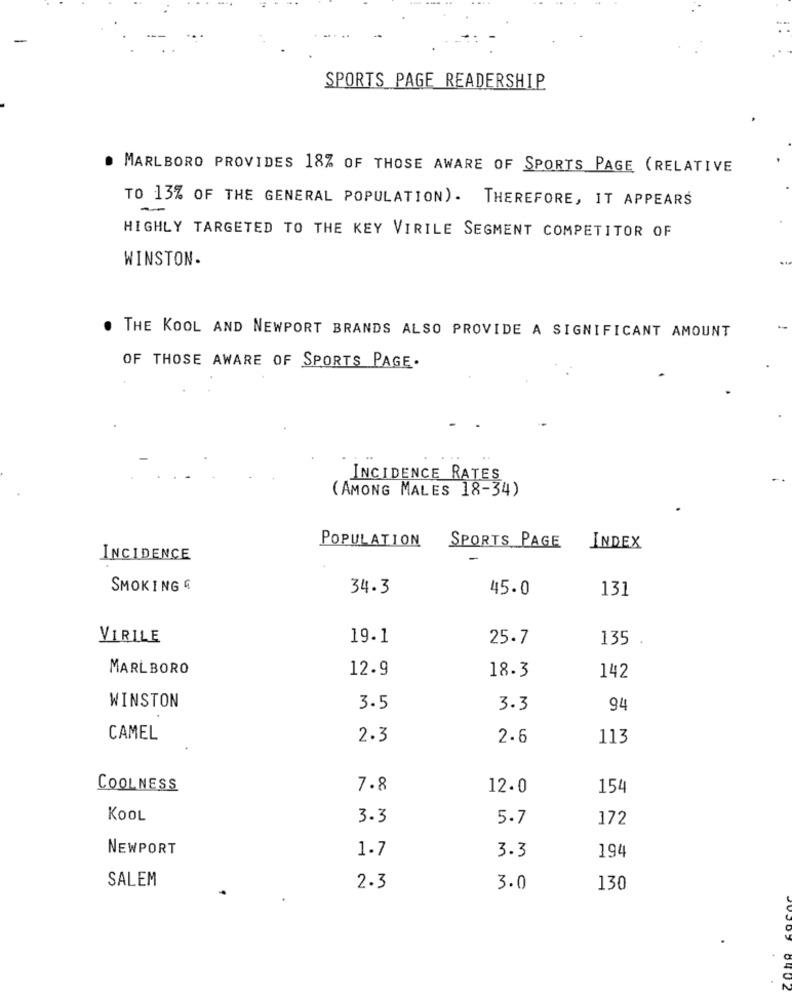
SPORTS PAGE READERSHIP
. MARLBORO PROVIDES 18% OF THOSE AWARE OF SPORTS PAGE (RELATIVE
TO 13% OF THE GENERAL POPULATION). THEREFORE, IT APPEARS
-
HIGHLY TARGETED TO THE KEY VIRILE SEGMENT COMPETITOR OF
WINSTON.
. THE KOOL AND NEWPORT BRANDS ALSO PROVIDE A SIGNIFICANT AMOUNT
OF THOSE AWARE OF SPORTS PAGE.
INCIDENCE RATES
(AMONG MALES 18-34)
POPULATION
SPORTS PAGE
INDEX
INCIDENCE
SMOKING &
34.3
45.0
131
VIRILE
19.1
25.7
135
MARLBORO
12.9
18.3
142
WINSTON
3.5
3.3
94
CAMEL
2.3
2.6
113
COOLNESS
7.8
12.0
154
KOOL
3.3
5.7
172
NEWPORT
1.7
3.3
194
SALEM
2.3
3.0
130